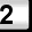
Digit: 2